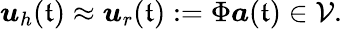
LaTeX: \boldsymbol{u}_{h}(\mathfrak{t})\approx\boldsymbol{u}_{r}(\mathfrak{t}):=\Phi\boldsymbol{a}(\mathfrak{t})\in\mathcal{{V}}.